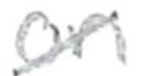
Text: on
Cross-out: diagonal
Writing tool: pencil